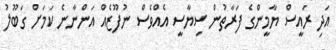
އަދި ރައީސް ޔާމީންގެ ފަރާތުން ސިޔާސީ އެއްވެސް ނުފޫޒެއް އަންނާނެ ކަމަށް ގަބޫލު